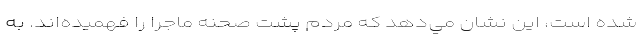
شده است، اين نشان مي‌دهد كه مردم پشت صحنه ماجرا را فهميده‌اند. به